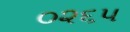
૦૨૬૫